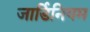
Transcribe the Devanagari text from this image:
जार्डिनियम